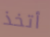
أتخذ